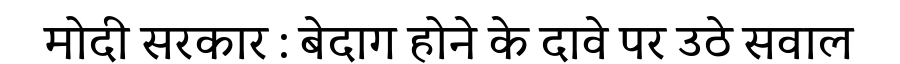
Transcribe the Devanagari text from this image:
मोदी सरकार : बेदाग होने के दावे पर उठे सवाल